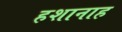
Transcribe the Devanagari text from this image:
हशानाह